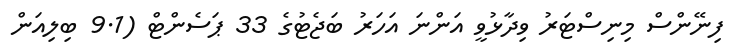
ފިނޭންސް މިނިސްޓަރު ވިދާޅުވީ އަންނަ އަހަރު ބަޖެޓުގެ 33 ޕަސެންޓް (9.1 ބިލިއަން